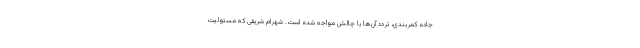
جاده کمربندی، تردد آن‌ها با چالش مواجه شده است. شهرام شریفی که مسئولیت